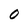
Character: 0